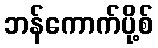
ဘန်ကောက်ပို့စ်